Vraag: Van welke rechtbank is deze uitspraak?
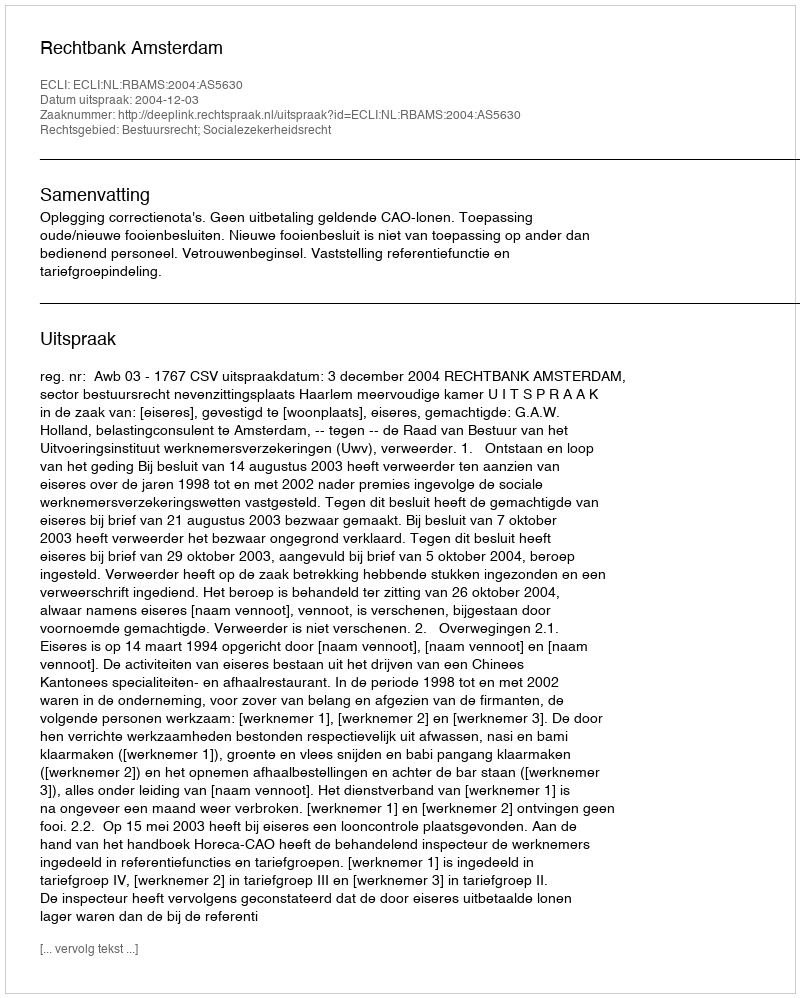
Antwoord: Rechtbank Amsterdam